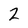
Character: 2